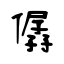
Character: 僝